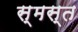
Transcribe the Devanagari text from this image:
स्मस्त